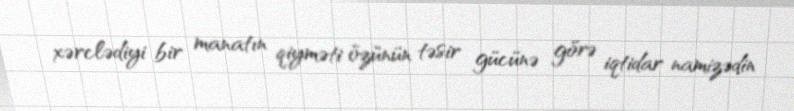
xərclədiyi bir manatın qiyməti özünün təsir gücünə görə iqtidar namizədin